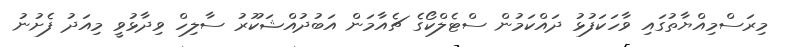
މިރަސްމިއްޔާތުގައި ވާހަކަފުޅު ދައްކަަމުން ސްޓެލްކޯގެ ޗެއާމަން އަބުދުއްޝަކޫރު ސާލިހް ވިދާޅުވީ މިއަދު ފެށުނު